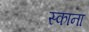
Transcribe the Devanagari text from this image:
स्काना